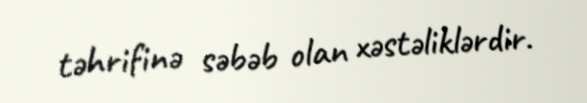
təhrifinə səbəb olan xəstəliklərdir.